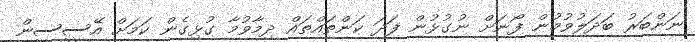
ނަންބަރު ބަދަލުވުމުން ފޯނަށް ނުގުޅުން ފަދަ ކަންތައްތައް ދިމާވުމާ ގުޅިގެން ކަމަށް އޭސީސީން